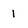
Character: 1